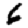
Digit: 6